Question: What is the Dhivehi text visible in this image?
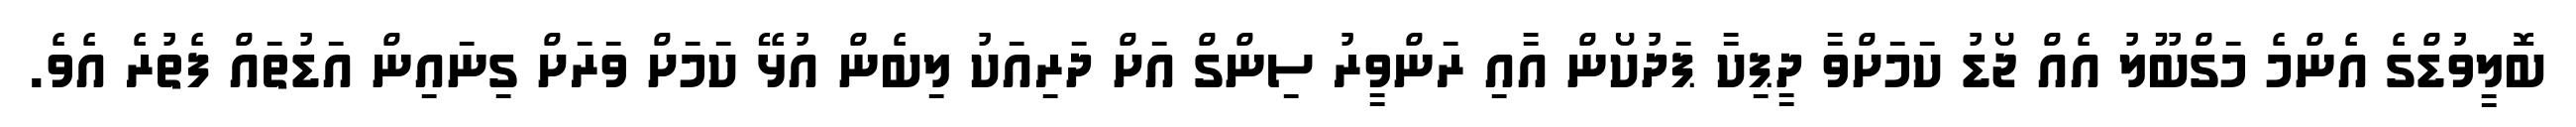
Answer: ބޮލީވުޑްގެ އެންމެ މަގްބޫލު އެއް ޖޯޑު ކަމަށްވާ ދީޕިކާ ޕަދުކޯން އާއި ރަންވީރު ސިންގް އަށް ދަރިއަކު ލިބެން އުޅޭ ކަމަށް ވަރަށް ގިނައިން އަޑުތައް ފެތުރެ އެވެ.